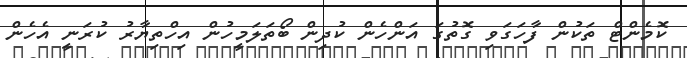
ކޮމެންޓް ތަކުން ފާހަގަވި ގޮތުގަ އަންހެން ކުދިން ބޯތަލަމީހުން އިހްތިޔާރު ކުރަނީ އެހެން